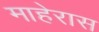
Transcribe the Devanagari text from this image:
माहेरास